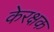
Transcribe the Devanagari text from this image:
केरक्षक